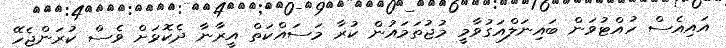
އައިއެސް ހުއްޓުވަން ބައިނަލްއަގުވާމީ މުޖުތަމައުން ކުރާ މަސައްކަތް އީރާނާ ދެކޮޅަށް ވެސް ކުރަންޖެހޭ